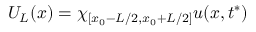
U _ { L } ( x ) = \chi _ { { [ x _ { 0 } - L / 2 , x _ { 0 } + L / 2 ] } } u ( x , t ^ { * } )